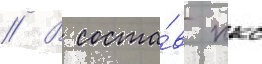
// В соста́в ккс